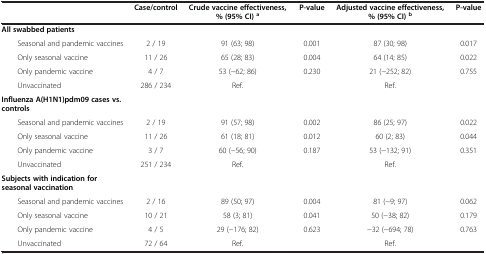
|  | Case/control | Crude vaccine effectiveness, % (95% CI) a | P-value | Adjusted vaccine effectiveness, % (95% CI) b | P-value |
 | --- | --- | --- | --- | --- | --- |
 | All swabbed patients |  |  |  |  |  |
 | Seasonal and pandemic vaccines | 2 / 19 | 91 (63; 98) | 0.001 | 87 (30; 98) | 0.017 |
 | Only seasonal vaccine | 11 / 26 | 65 (28; 83) | 0.004 | 64 (14; 85) | 0.022 |
 | Only pandemic vaccine | 4 / 7 | 53 (−62; 86) | 0.230 | 21 (−252; 82) | 0.755 |
 | Unvaccinated | 286 / 234 | Ref. |  | Ref. |  |
 | Influenza A(H1N1)pdm09 cases vs. controls |  |  |  |  |  |
 | Seasonal and pandemic vaccines | 2 / 19 | 91 (57; 98) | 0.002 | 86 (25; 97) | 0.022 |
 | Only seasonal vaccine | 11 / 26 | 61 (18; 81) | 0.012 | 60 (2; 83) | 0.044 |
 | Only pandemic vaccine | 3 / 7 | 60 (−56; 90) | 0.187 | 53 (−132; 91) | 0.351 |
 | Unvaccinated | 251 / 234 | Ref. |  | Ref. |  |
 | Subjects with indication for seasonal vaccination |  |  |  |  |  |
 | Seasonal and pandemic vaccines | 2 / 16 | 89 (50; 97) | 0.004 | 81 (−9; 97) | 0.062 |
 | Only seasonal vaccine | 10 / 21 | 58 (3; 81) | 0.041 | 50 (−38; 82) | 0.179 |
 | Only pandemic vaccine | 4 / 5 | 29 (−176; 82) | 0.623 | −32 (−694; 78) | 0.763 |
 | Unvaccinated | 72 / 64 | Ref. |  | Ref. |  |